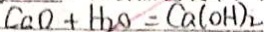
C a O + H _ { 2 } O = C a ( O H ) _ { 2 }